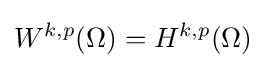
W^{k,p}(\Omega )=H^{k,p}(\Omega )